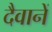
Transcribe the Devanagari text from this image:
दैवानें